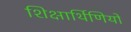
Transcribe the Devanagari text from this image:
शिक्षार्थिणियों